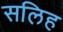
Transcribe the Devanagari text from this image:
सलिह